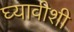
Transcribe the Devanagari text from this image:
घ्यावीशी